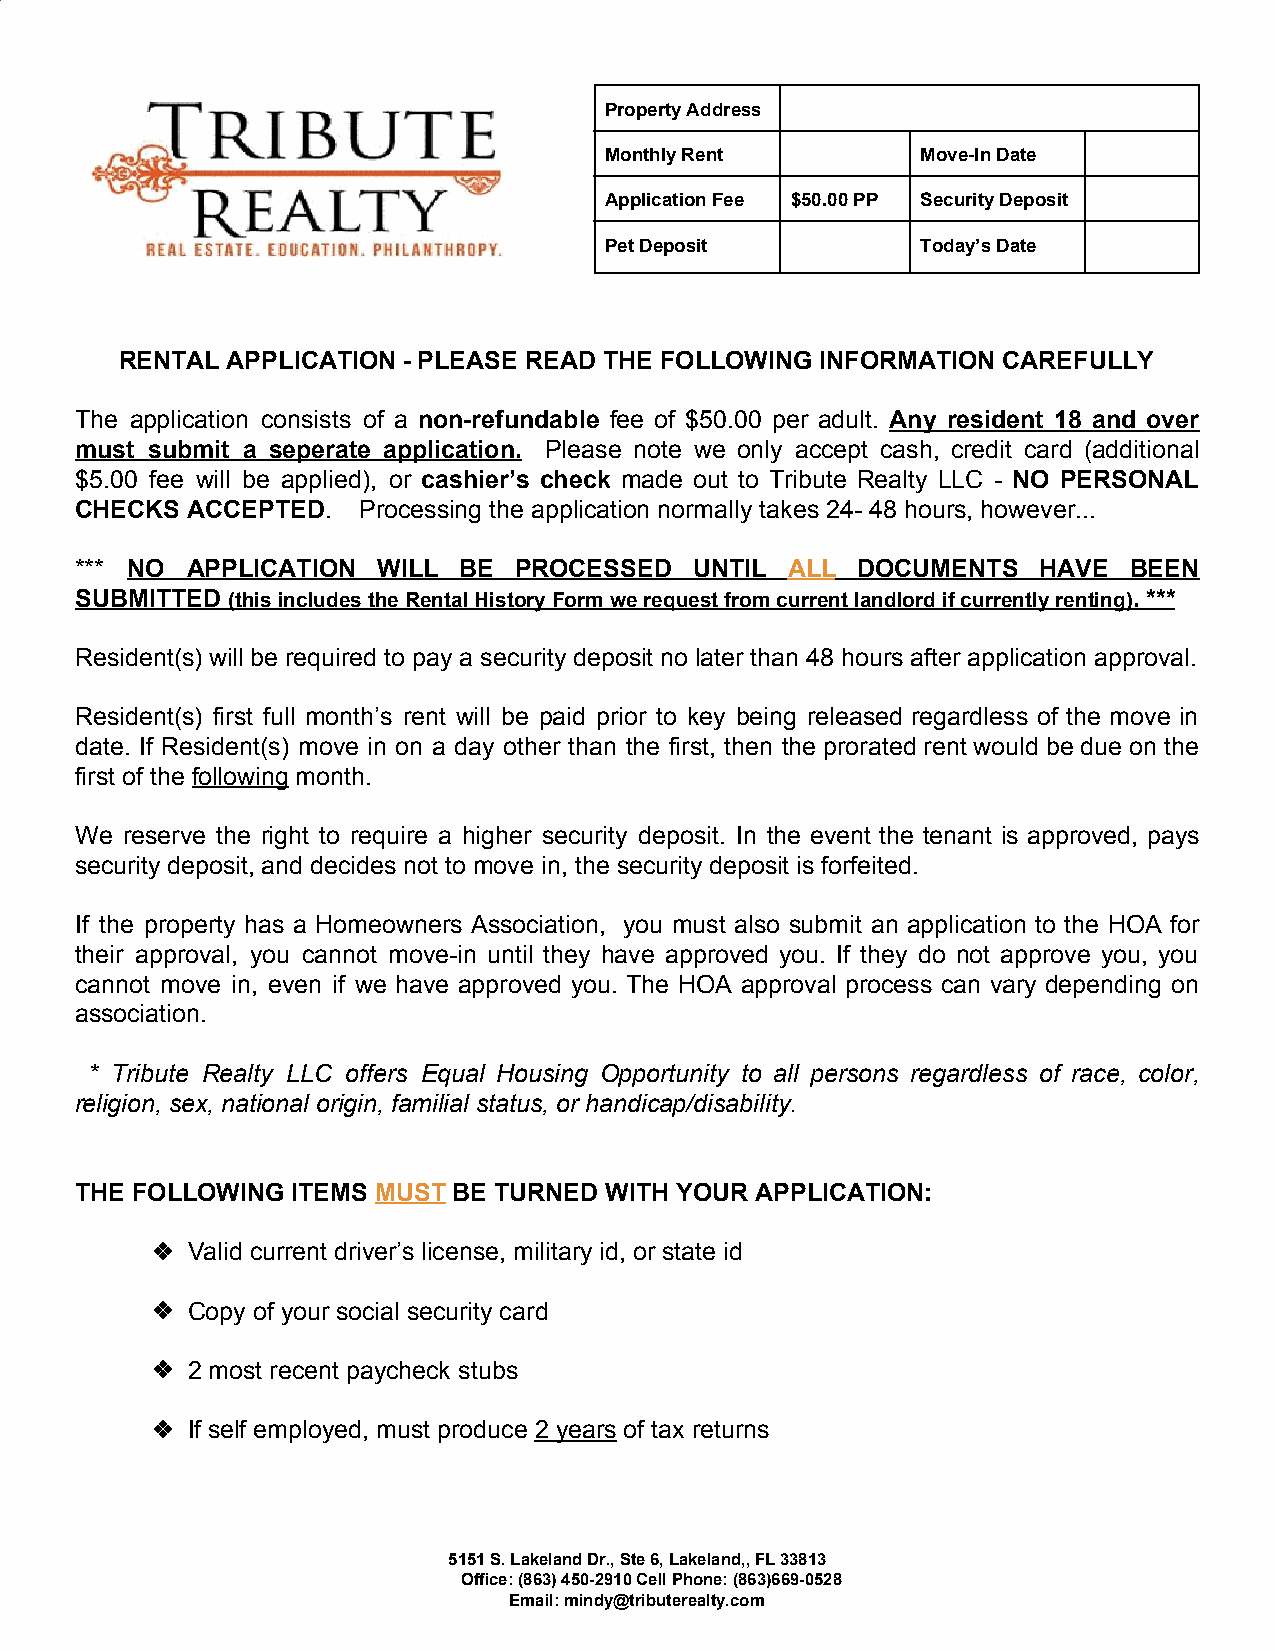
Property Address
 Monthly Rent         Move-In Date
 Application Fee $50.00 PP Security Deposit
 Pet Deposit          Today’s Date
 RENTAL APPLICATION - PLEASE READ THE FOLLOWING INFORMATION CAREFULLY
 The application consists of a non-refundable fee of $50.00 per adult. Any resident 18 and over
 ​                              ​
 must submit a seperate application. Please note we only accept cash, credit card (additional
 $5.00 fee will be applied), or cashier’s check made out to Tribute Realty LLC - NO PERSONAL
 ​                                      ​
 CHECKS ACCEPTED.   Processing the application normally takes 24- 48 hours, however...
 ​
 *** NO APPLICATION  WILL BE  PROCESSED   UNTIL ALL  DOCUMENTS   HAVE  BEEN
 ​                                           ​
 SUBMITTED (this includes the Rental History Form we request from current landlord if currently renting). ***
 ​                                                           ​
 Resident(s) will be required to pay a security deposit no later than 48 hours after application approval.
 Resident(s) first full month’s rent will be paid prior to key being released regardless of the move in
 date. If Resident(s) move in on a day other than the first, then the prorated rent would be due on the
 first of the following month.
 ​     ​
 We reserve the right to require a higher security deposit. In the event the tenant is approved, pays
 security deposit, and decides not to move in, the security deposit is forfeited.
 If the property has a Homeowners Association, you must also submit an application to the HOA for
 their approval, you cannot move-in until they have approved you. If they do not approve you, you
 cannot move in, even if we have approved you. The HOA approval process can vary depending on
 association.
 * Tribute Realty LLC offers Equal Housing Opportunity to all persons regardless of race, color,
 religion, sex, national origin, familial status, or handicap/disability.
 THE FOLLOWING ITEMS MUST BE TURNED WITH YOUR APPLICATION:
 ​    ​
 ❖ Valid current driver’s license, military id, or state id
 ❖ Copy of your social security card
 ❖ 2 most recent paycheck stubs
 ❖ If self employed, must produce 2 years of tax returns
 ​     ​
 5151 S. Lakeland Dr., Ste 6, Lakeland,, FL 33813
 Office: (863) 450-2910 Cell Phone: (863)669-0528
 Email: mindy@tributerealty.com